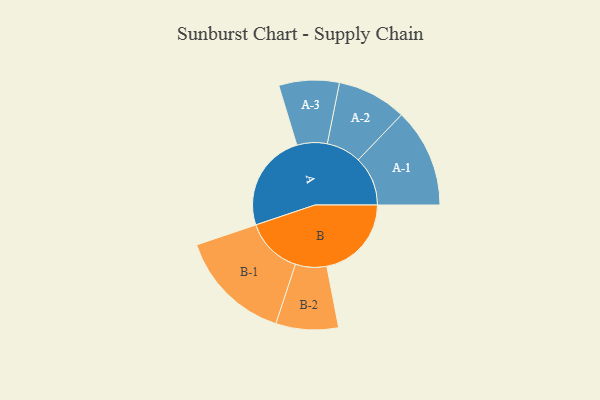
{"axis": {"x": "Segment", "y": "Value"}, "legend": ["", "A", "B"], "data": [{"x": "A", "y": 478, "type": ""}, {"x": "B", "y": 412, "type": ""}, {"x": "A-1", "y": 241, "type": "A"}, {"x": "A-2", "y": 169, "type": "A"}, {"x": "A-3", "y": 147, "type": "A"}, {"x": "B-1", "y": 277, "type": "B"}, {"x": "B-2", "y": 152, "type": "B"}]}